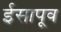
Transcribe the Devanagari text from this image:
ईसापूव